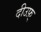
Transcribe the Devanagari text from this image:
दीउफ़्